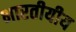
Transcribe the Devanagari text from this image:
भारतीयीय